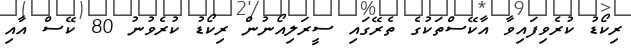
ރިކޯޑު ކުރެވިފައިވާ އާކޭސްތަކުގެ ތެރޭގައި ސީރަލިއޯނުން ރިކޯޑު ކުރެވުނު 80 ކޭސް އާއި